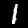
Digit: 1